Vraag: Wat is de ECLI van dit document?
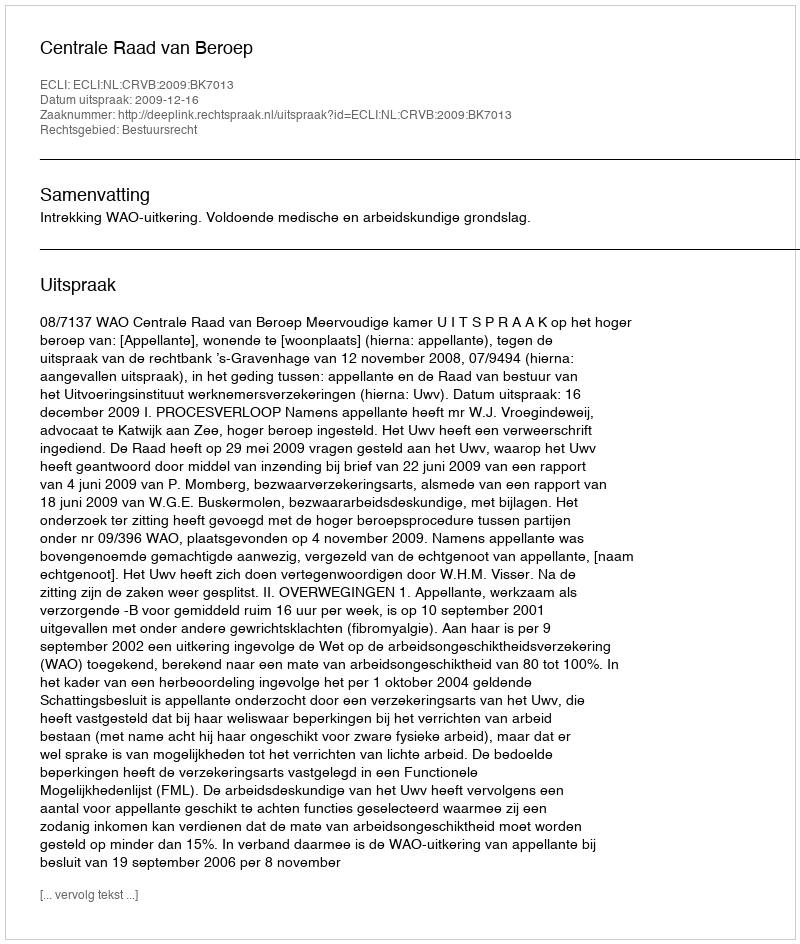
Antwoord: ECLI:NL:CRVB:2009:BK7013